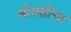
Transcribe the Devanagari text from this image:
बोस्कीचा